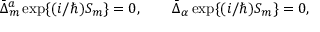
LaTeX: \bar { \Delta } _ { m } ^ { a } \, \mathrm { e x p } \{ ( i / \hbar ) S _ { m } \} = 0 , \qquad \bar { \Delta } _ { \alpha } \, \mathrm { e x p } \{ ( i / \hbar ) S _ { m } \} = 0 ,